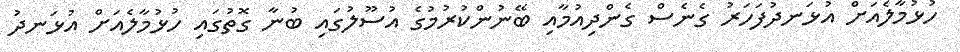
ހުޅުމާލެއަށް އުޅަނދުފަހަރު ގެނެސް ގެންދިއުމާއި ބޭނުންކުރުމުގެ އުސޫލުގައި ބުނާ ގޮތުގައި ހުޅުމާލެއަށް އުޅަނދު